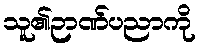
သူ၏ဉာဏ်ပညာကို